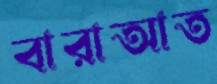
বারাআত